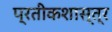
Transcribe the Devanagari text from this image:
प्रतीकशास्त्र